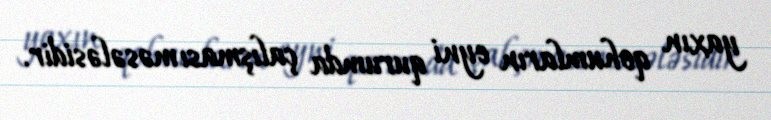
yaxın qohumların eyni qurumda çalışması məsələsidir.